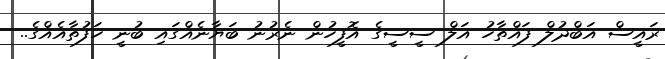
ރައީސް އަބްދުލް ފައްތާހު އަލް ސީސީގެ އޮފީހުން ނެރުނު ބަޔާނެއްގައި ބުނީ ހަފުތާއެއްގެ..